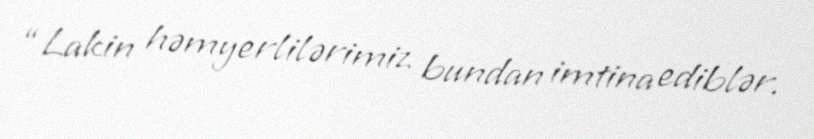
“Lakin həmyerlilərimiz bundan imtina ediblər.